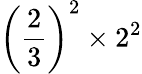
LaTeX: \left({\frac{2}{3}}\right)^{2}\times 2^{2}